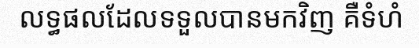
លទ្ធផលដែលទទួលបានមកវិញ គឺទំហំ